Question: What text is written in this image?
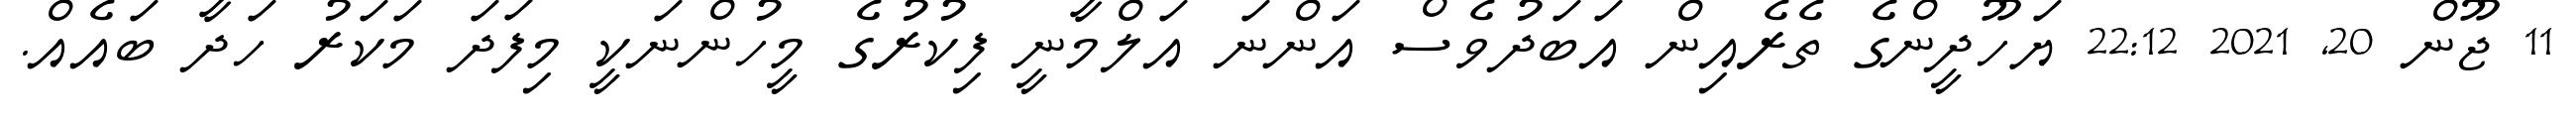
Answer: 11 ޖޫން 20, 2021 22:12 ޔަހޫދީންގެ ތެރެއިން އަބަދުވެސް އަންނަ އަލްމާނީ ފިކުރުގެ މީހުންނަކީ މިފަދަ މަކަރު ހަދާ ބައެއް.